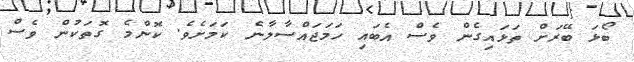
ބޯޅަ ބޭރަށް ތަޅައިގެން ވެސް އެބައި ހަމަޖައްސާލާނެ ކަމަށެވެ. ކޮންމެ ގޮތަކުން ވެސް